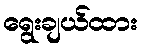
ရွေးချယ်ထား